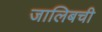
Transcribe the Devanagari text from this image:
जालिबची